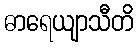
ဓာရေယျာသီတိ